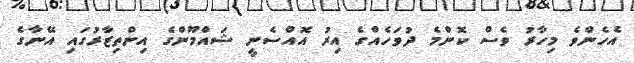
އެހެންވެ މިހާރު ވެސް ކޮންމެ ދުވަހެއްގެ އިރު އޮއްސެނީ ޝައްމޫންގެ އިންތިޒާރުގައި އޭނާގެ